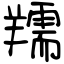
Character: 羺